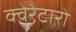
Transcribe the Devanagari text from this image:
क्वेरेटारो